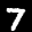
Label: 7